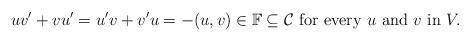
LaTeX: \begin{align*}uv'+vu'=u'v+v'u=-(u,v)\in\mathbb{F}\subseteq\mathcal{C}\mathrm{\ for\ every\ }u\mathrm{\ and\ }v\mathrm{\ in\ }V. \end{align*}